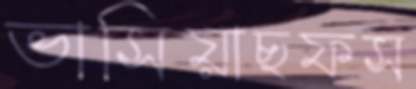
ভাসিয়াছফস